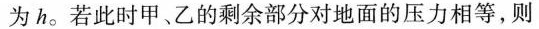
为h。若此时甲、乙的剩余部分对地面的压力相等，则